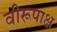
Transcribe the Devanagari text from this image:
वीरूपाक्ष